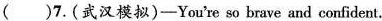
()7.(武汉模拟)-You're so brave and confident.